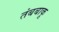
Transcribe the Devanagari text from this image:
तंबबाकू